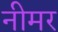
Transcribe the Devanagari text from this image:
नीमर